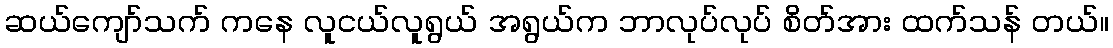
ဆယ်ကျော်သက် ကနေ လူငယ်လူရွယ် အရွယ်က ဘာလုပ်လုပ် စိတ်အား ထက်သန် တယ်။